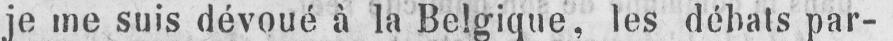
je me suis dévoué à la Belgique, les débats par-